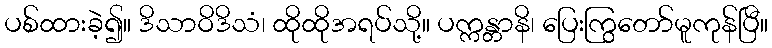
ပစ်ထားခဲ့၍။ ဒိသာဝိဒိသံ၊ ထိုထိုအရပ်သို့။ ပက္ကန္တာနိ၊ ပြေးကြွတော်မူကုန်ပြီ။